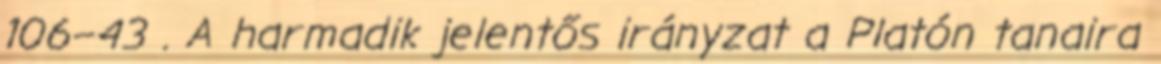
106–43 . A harmadik jelentős irányzat a Platón tanaira